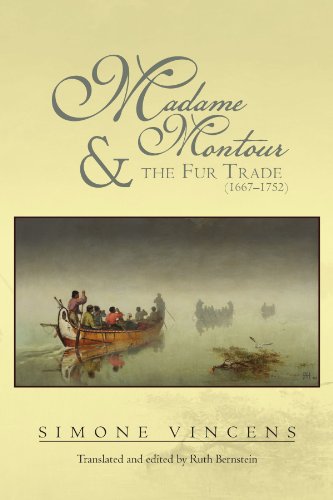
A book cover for Madame Montour and the Fur Trade (1667-1752); Simone Vincens; Biographies & Memoirs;